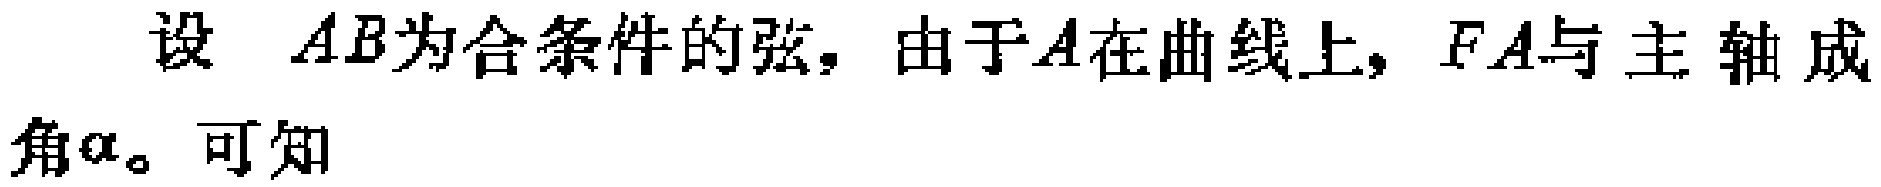
设 \(AB\)为合条件的弦，由于\(A\)在曲线上，\(FA\)与主轴成角\(\alpha\)。可知